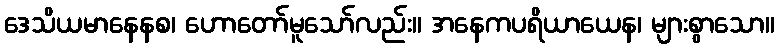
ဒေသိယမာနေနစ၊ ဟောတော်မူသော်လည်း။ အနေကပရိယာယေန၊ များစွာသော။